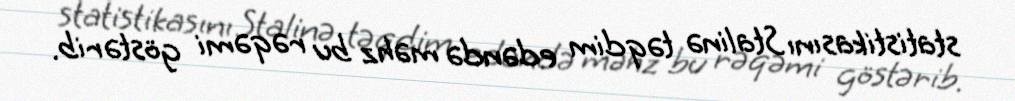
statistikasını Stalinə təqdim edəndə məhz bu rəqəmi göstərib.